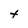
Character: t